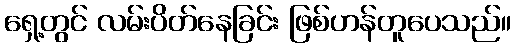
ရှေ့တွင် လမ်းပိတ်နေခြင်း ဖြစ်ဟန်တူပေသည်။